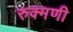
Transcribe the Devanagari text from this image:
रुक्‍मणी